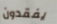
يفقدون